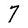
Character: 7